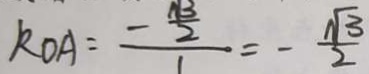
k _ { O A } = \frac { - \frac { \sqrt { 3 } } { 2 } } { 1 } = - \frac { \sqrt { 3 } } { 2 }